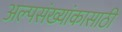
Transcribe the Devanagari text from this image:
अल्पसंख्यांकासाठी